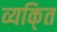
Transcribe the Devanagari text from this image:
व्यकि्‌त